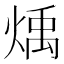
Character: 𪹋